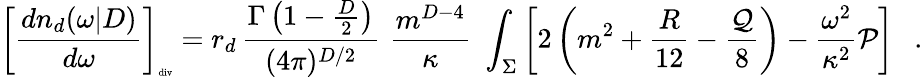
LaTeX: \left[{\frac{dn_{d}(\omega|D)}{d\omega}}\right]_{\tiny\mathrm{div}}=r_{d}\, {\frac{\Gamma\left(1-\frac D2\right)}{(4\pi)^{D/2}}}\, \, {\frac{m^{D-4}}{\kappa}}\, \, \int_{\Sigma}\left[2\left(m^{2}+{\frac{R}{12}}-{\frac{\cal Q}{8}}\right)-{\frac{\omega^{2}}{\kappa^{2}}}{\cal P}\right]~~~.